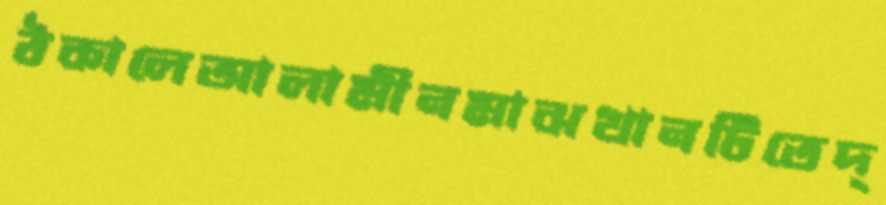
ঠকালেআলামীনমাঝখানটিতেদ্